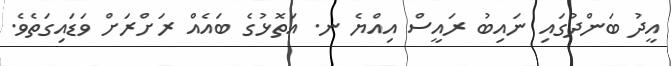
އީދު ބަންދުގައި ނައިބު ރައީސް އިއްޔެ ނ. އަތޮޅުގެ ބައެއް ރަށްރަށް ވަޑައިގަތެވެ.